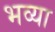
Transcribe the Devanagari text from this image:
भव्‍या